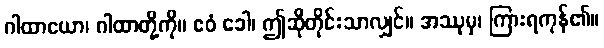
ဂါထာယော၊ ဂါထာတို့ကို။ ဧဝံ ခေါ၊ ဤဆိုတိုင်းသာလျှင်။ အဿုမှ၊ ကြားရကုန်၏။